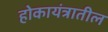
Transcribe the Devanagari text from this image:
होकायंत्रातील